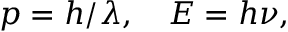
p = h / \lambda , \quad E = h \nu ,